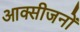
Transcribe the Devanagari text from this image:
आक्सीजनों